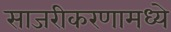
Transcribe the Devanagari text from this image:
साजरीकरणामध्ये